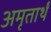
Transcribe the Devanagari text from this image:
अमृतार्थं